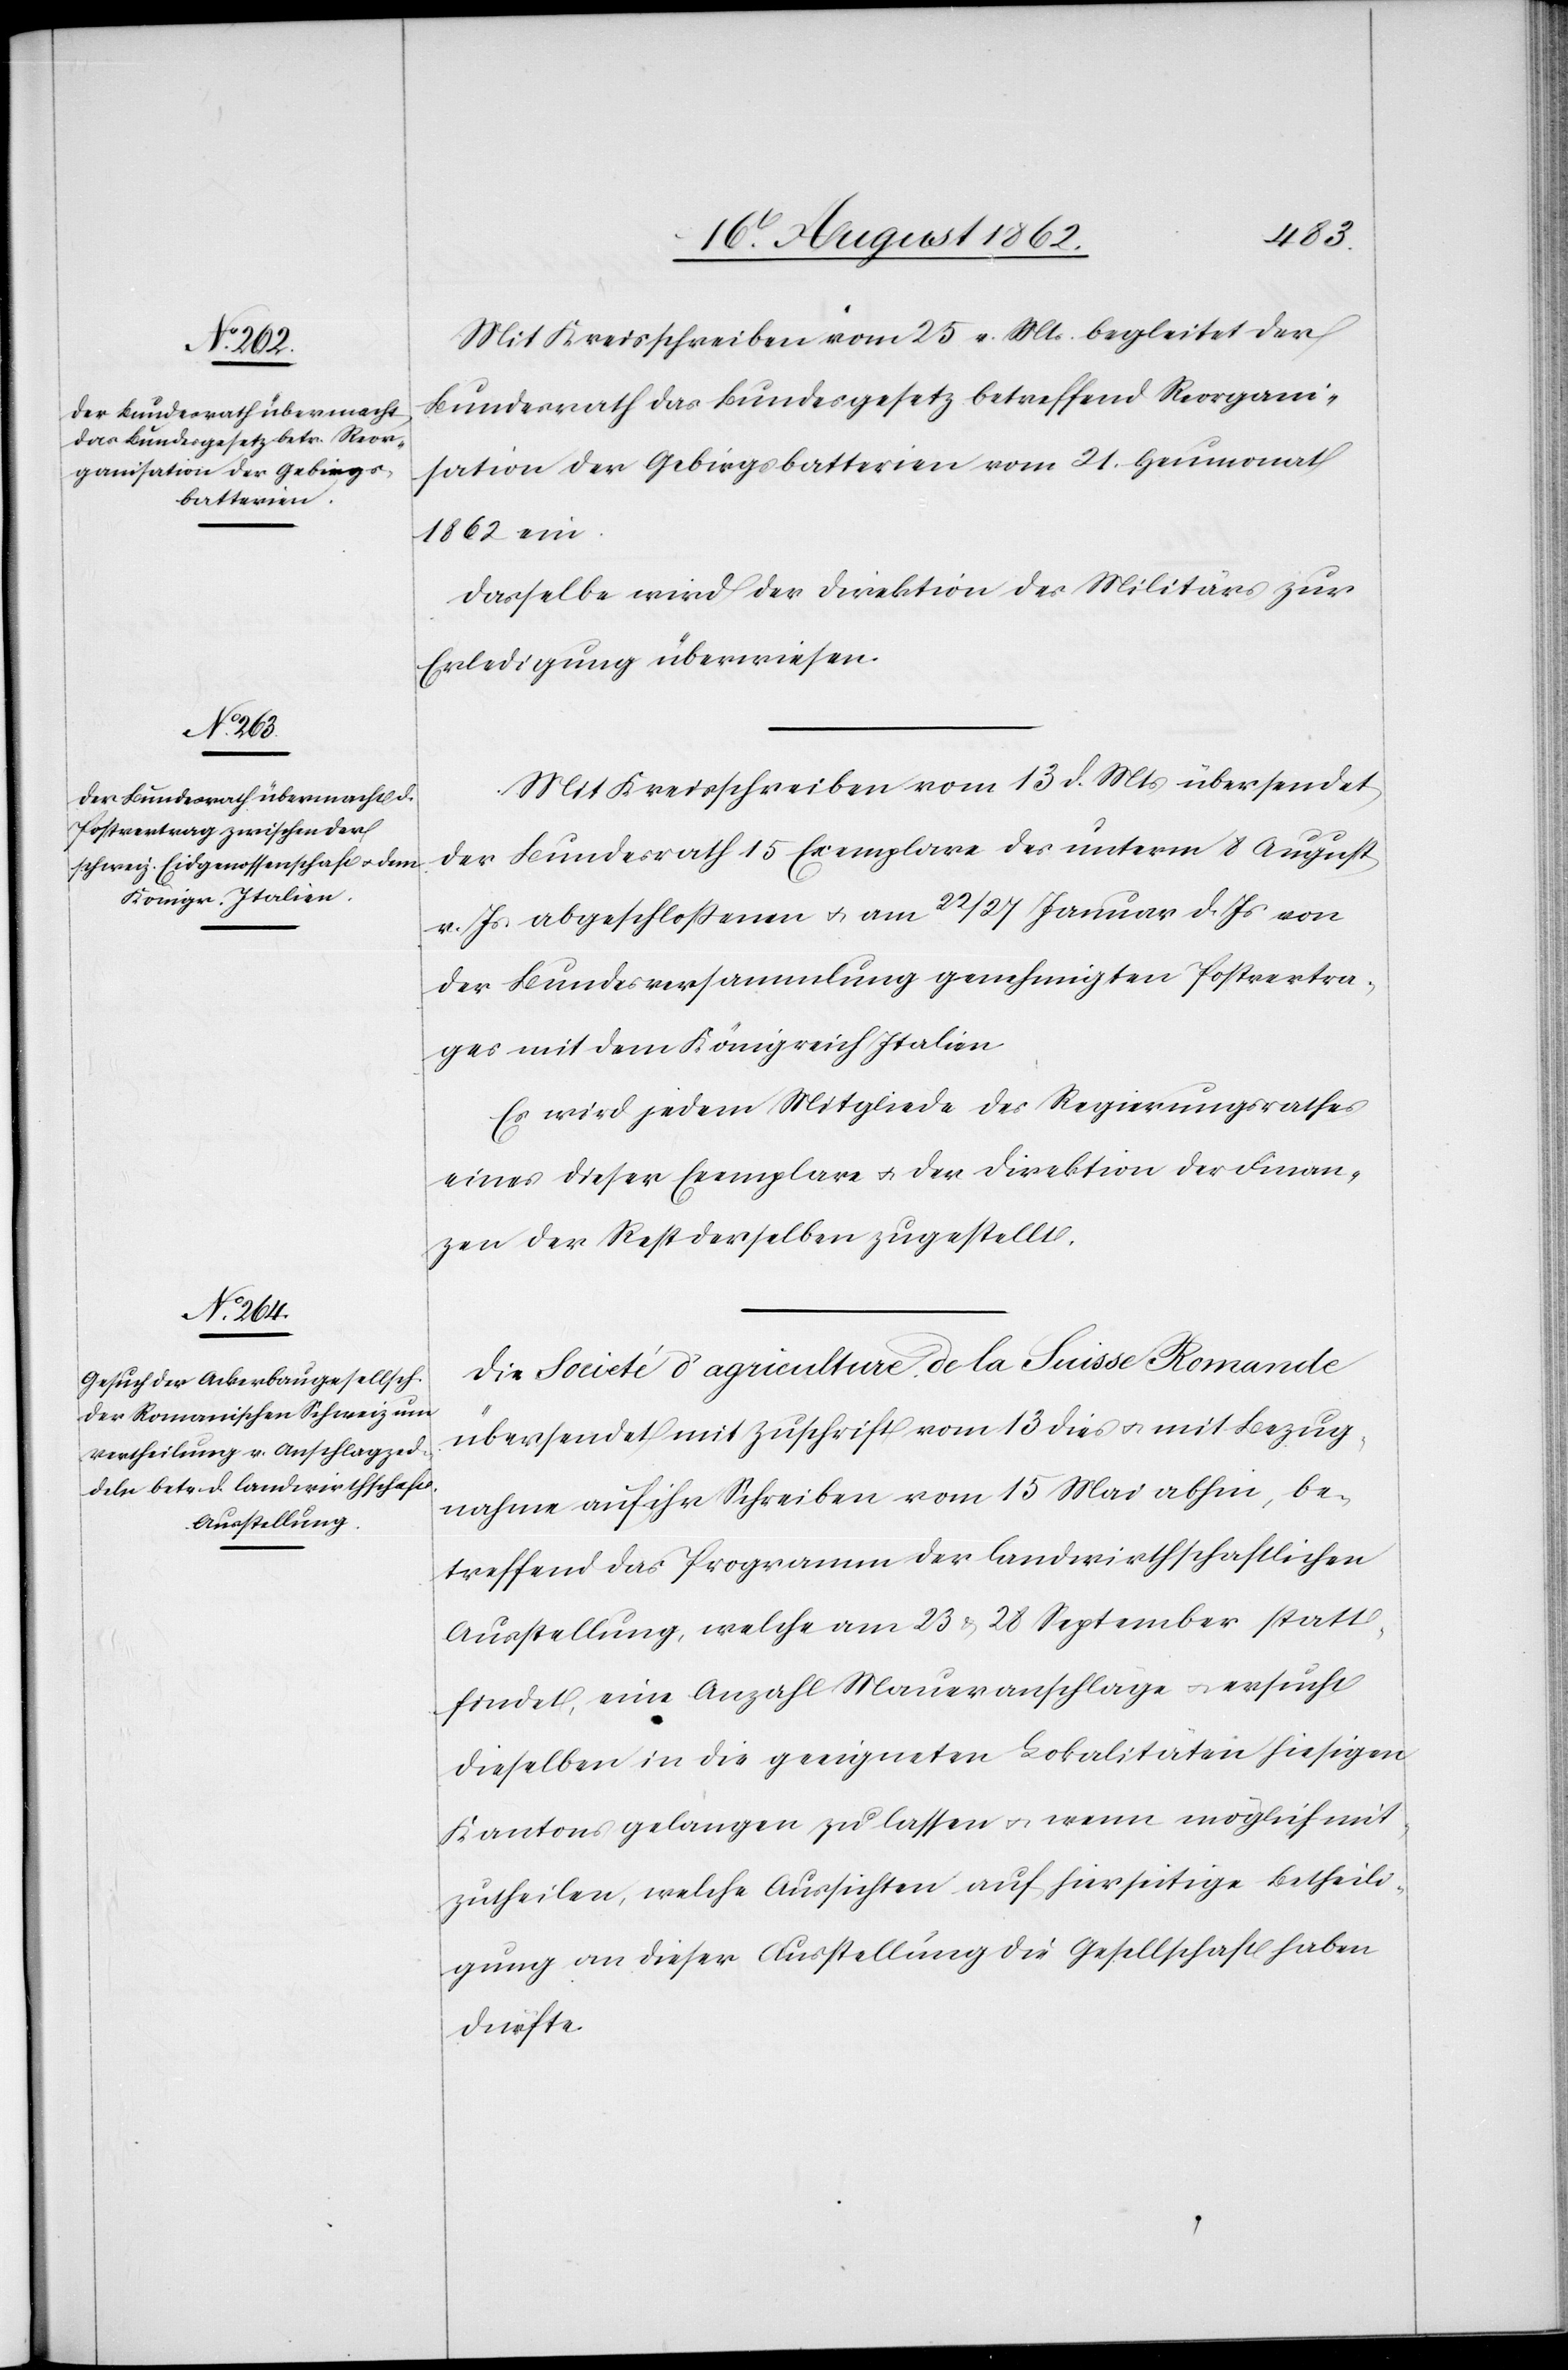
Mit Kreisschreiben vom 25. v. Mts. begleitet der
Bundesrath das Bundesgesetz betreffend Reorgani¬
sation der Gebirgsbatterien vom 21. Heumonat
1862 ein.
Dasselbe wird der Direktion des Militärs zur
Erledigung überwiesen.
Mit Kreisschreiben vom 13. d. Mts. übersendet
der Bundesrath 15 Exemplare des unterm 8. August
v. Js. abgeschlossenen u. am 22./27. Januar d. Js. von
der Bundesversammlung genehmigten Postvertra¬
ges mit dem Königreich Italien.
Es wird jedem Mitgliede des Regierungsrathes
eines dieser Exemplare u. der Direktion der Finan¬
zen der Rest derselben zugestellt.
Die Societé d’agriculture de la Suisse Romande
überwendet mit Zuschrift vom 13. dies u. mit Bezug¬
nahme auf ihr Schreiben vom 15. Mai abhin, be¬
treffend das Programm der landwirthschaftlichen
Ausstellung, welche am 23. u. 28. September statt¬
findet, eine Anzahl Maueranschläge u. ersucht
dieselben in die geeigneten Lokalitäten hiesigen
Kantons gelangen zu lassen u. wenn möglich mit¬
zutheilen, welche Aussichten auf hierseitige Betheili¬
gung an dieser Ausstellung die Gesellschaft haben
durfte.